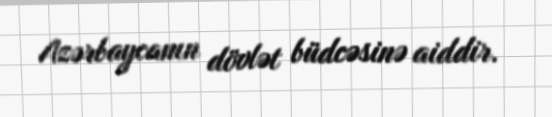
Azərbaycanın dövlət büdcəsinə aiddir.